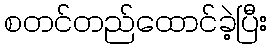
စတင်တည်ထောင်ခဲ့ပြီး